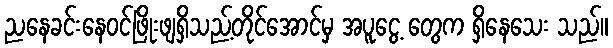
ညနေခင်းနေဝင်ဖြိုးဖျရှိသည့်တိုင်အောင်မှ အပူငွေ့ တွေက ရှိနေသေး သည်။